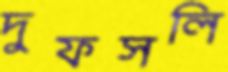
দুফসলি